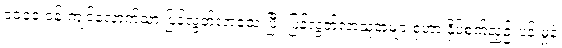
၁၀၀၀ ဝန်းကျင်လောက်သာ ပြန်လွတ်လာသေးပြီး ပြန်လွတ်လာသူအများစုဟာ နှိပ်စက်ညှဉ်းပန်းမှုနဲ့